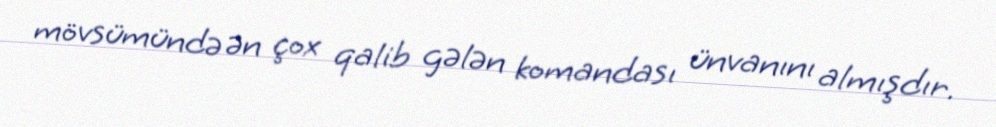
mövsümündə ən çox qalib gələn komandası ünvanını almışdır.